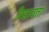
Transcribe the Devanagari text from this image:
विद्यावतां